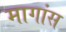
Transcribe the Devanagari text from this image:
मागांस